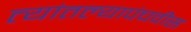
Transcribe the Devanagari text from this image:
त्यांतल्यापंचवीस